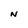
Character: N